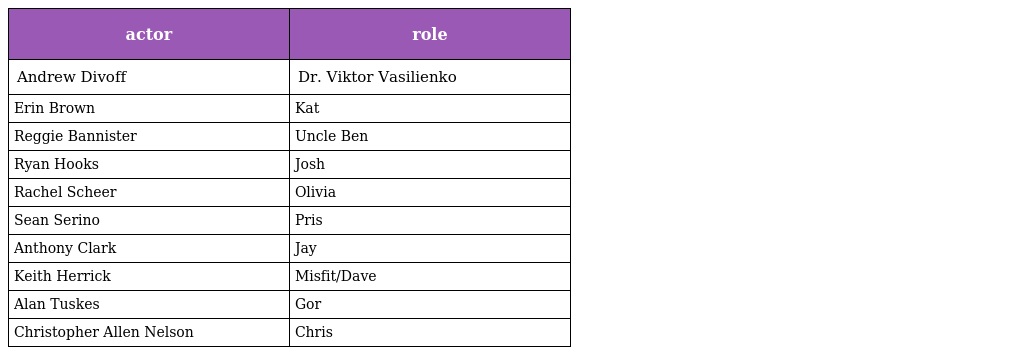
| actor | role |
 | --- | --- |
 | Andrew Divoff | Dr. Viktor Vasilienko |
 | Erin Brown | Kat |
 | Reggie Bannister | Uncle Ben |
 | Ryan Hooks | Josh |
 | Rachel Scheer | Olivia |
 | Sean Serino | Pris |
 | Anthony Clark | Jay |
 | Keith Herrick | Misfit/Dave |
 | Alan Tuskes | Gor |
 | Christopher Allen Nelson | Chris |